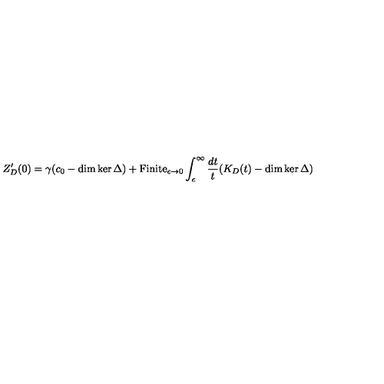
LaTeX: Z _ { D } ^ { \prime } ( 0 ) = \gamma ( c _ { 0 } - \dim \ker \Delta ) + \mathrm { F i n i t e } _ { \epsilon \to 0 } \int _ { \epsilon } ^ { \infty } { \frac { d t } { t } } ( K _ { D } ( t ) - \dim \ker \Delta )